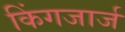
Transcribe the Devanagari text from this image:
किंगजार्ज